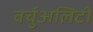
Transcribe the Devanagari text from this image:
वर्चुअलिटी